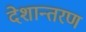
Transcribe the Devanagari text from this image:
देशान्तरण